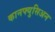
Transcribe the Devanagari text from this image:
कानफ्युसिअन